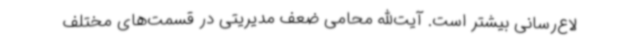
لاع‌رسانی بیشتر است. آیت‌الله محامی ضعف مدیریتی در قسمت‌های مختلف